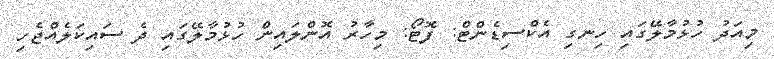
މިއަދު ހުޅުމާލޭގައި ހިނގި އެކްސިޑެންޓް: ފޮޓޯ: މިހާރު އޮންލައިން ހުޅުމާލޭގައި ދެ ސައިކަލެއްޖެހި